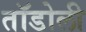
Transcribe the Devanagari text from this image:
तॉडोली